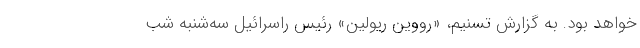
خواهد بود. به گزارش تسنیم، «رووین ریولین» رئیس راسرائیل سه‌شنبه شب